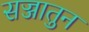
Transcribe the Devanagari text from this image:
सज्जातुन